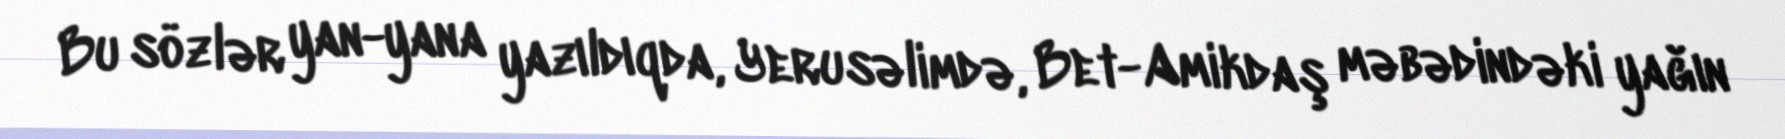
Bu sözlər yan-yana yazıldıqda, Yerusəlimdə, Bet-Amikdaş məbədindəki yağın